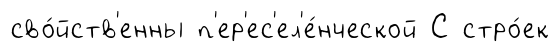
сво́йств'енны п'ер'ес'ел'е́нческой С стро́ек